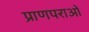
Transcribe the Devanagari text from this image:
प्राणपराओं